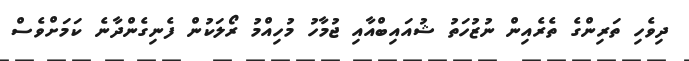
ދިވެހި ތަރިންގެ ތެރެއިން ނުޒުހަތު ޝުއައިބްއާއި ޖުމާހު މުހިއްމު ރޯލަކުން ފެނިގެންދާނެ ކަމަށްވެސް